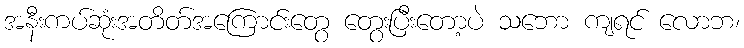
အနီးကပ်ဆုံးအတိတ်အကြောင်းတွေ တွေးပြီးတော့ပဲ သဘော ကျရင် လောဘ၊